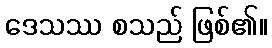
ဒေသဿ စသည် ဖြစ်၏။